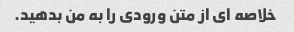
خلاصه ای از متن ورودی را به من بدهید.